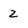
Character: 2